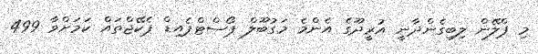
މި ޕްލޭން ލިބިގެންދާނީ އުރީދޫގެ އެންމެ މަގުބޫލް ޕޯސްޓްޕެއިޑް ޕެކޭޖްތައް ކަމަށްވާ 499